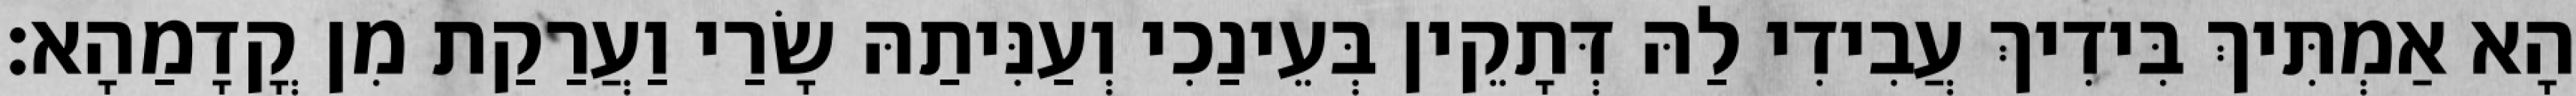
הָא אַמְתִּיךְ בִּידִיךְ עֲבִידִי לַהּ דְּתָקֵין בְּעֵינַכִי וְעַנִּיתַהּ שָׂרַי וַעֲרַקַת מִן קֳדָמַהָא׃